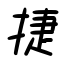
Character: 捷